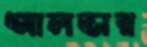
আলভার